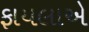
ફાયલાએ